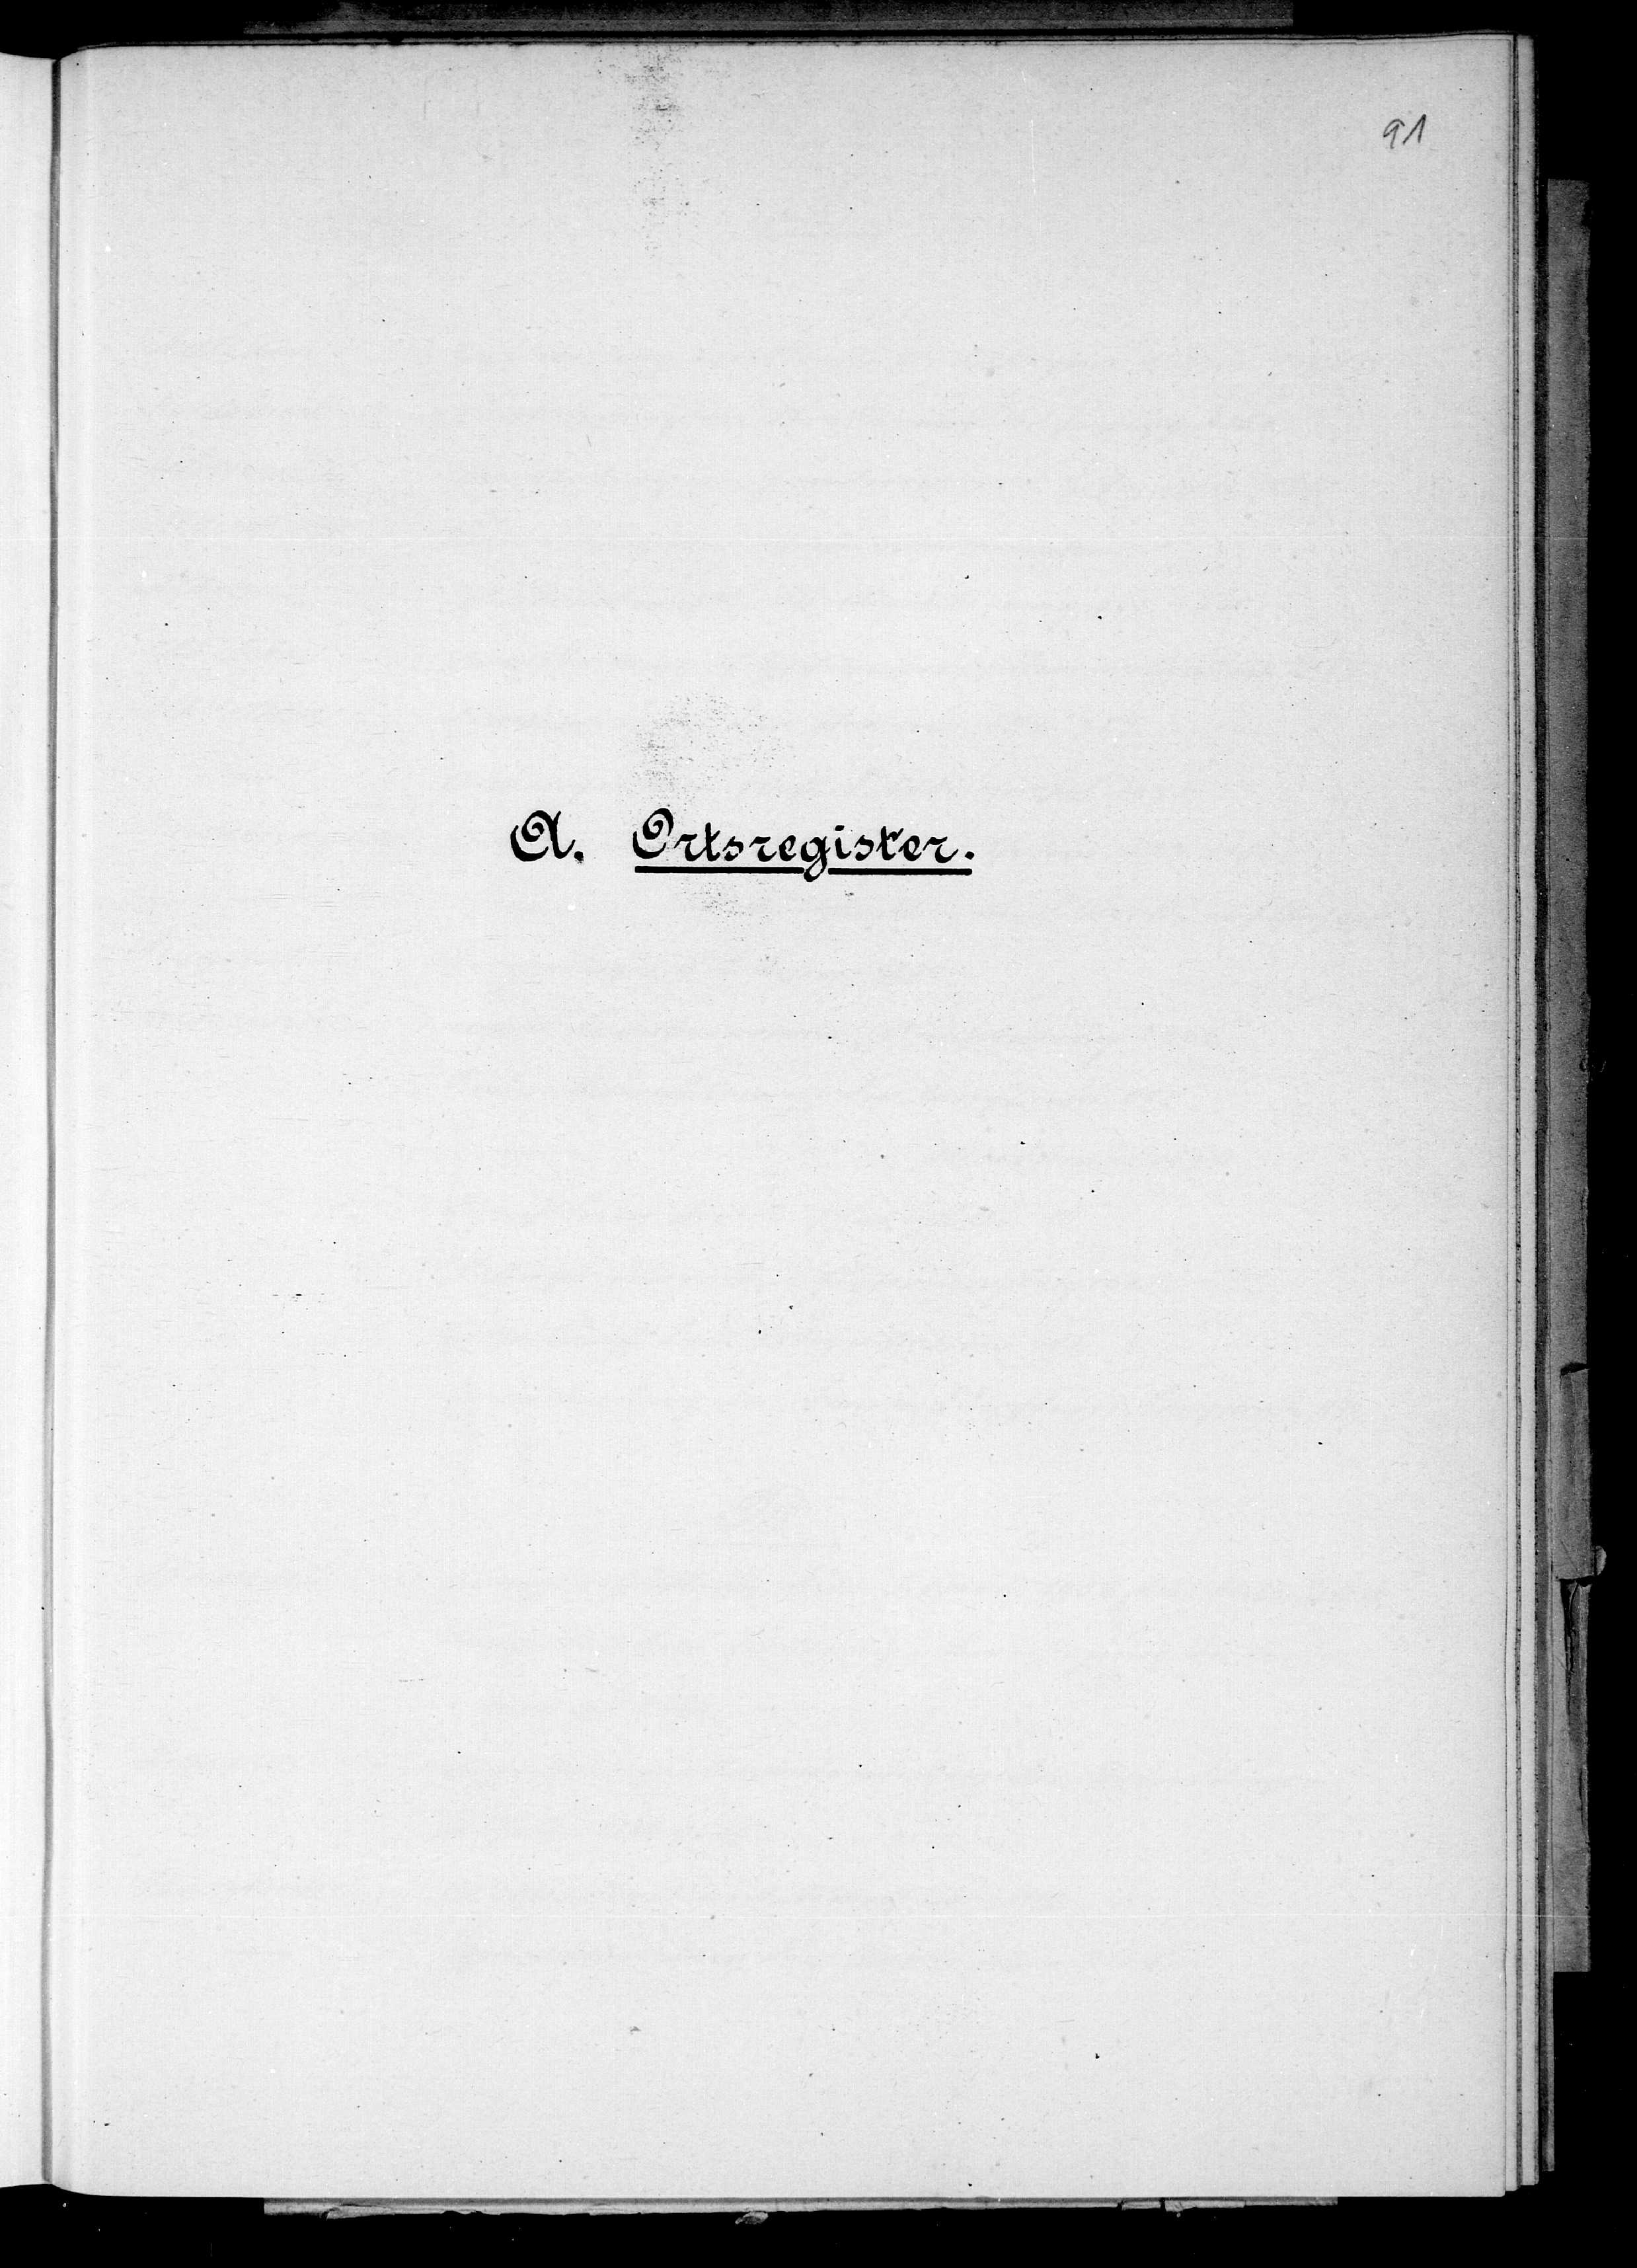
eid. Fabrikgesetzes

mit